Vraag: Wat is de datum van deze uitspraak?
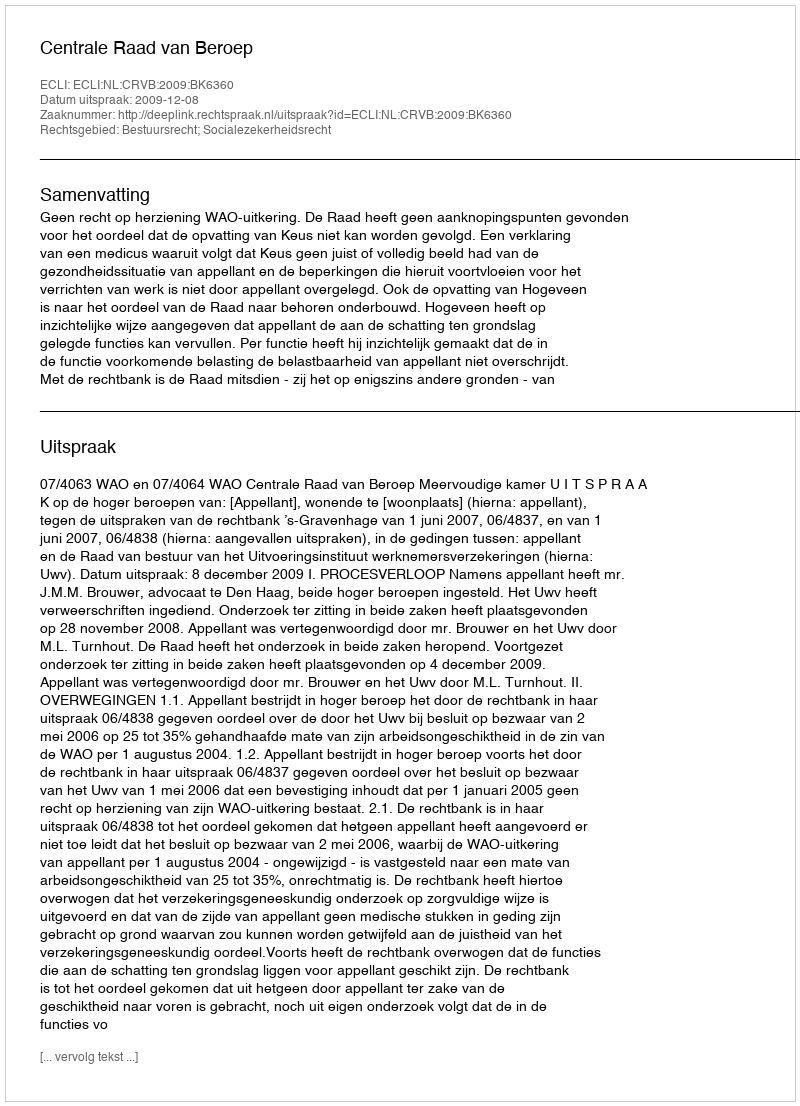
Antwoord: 2009-12-08